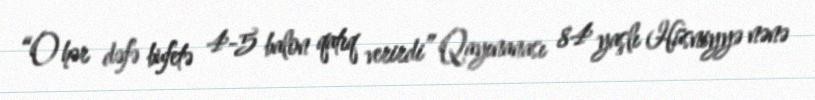
“O hər dəfə bufetə 4-5 balon qatıq verirdi” Qayınanası 84 yaşlı Hüsniyyə nənə